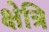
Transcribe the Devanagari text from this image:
क्षेत्रि